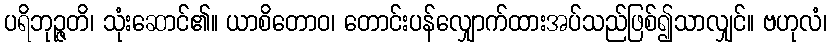
ပရိဘုဉ္ဇတိ၊ သုံးဆောင်၏။ ယာစိတောဝ၊ တောင်းပန်လျှောက်ထားအပ်သည်ဖြစ်၍သာလျှင်။ ဗဟုလံ၊